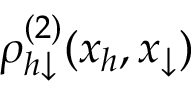
\rho _ { h \downarrow } ^ { ( 2 ) } ( x _ { h } , x _ { \downarrow } )